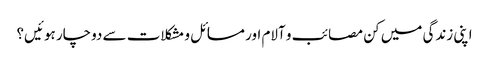
اپنی زندگی میں کن مصائب و آلام اور مسائل و مشکلات سے دوچار ہوئیں؟